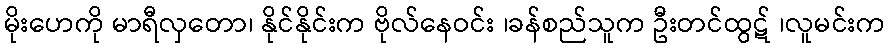
မိုးဟေကို မာရီလှတော၊ နိုင်နိုင်းက ဗိုလ်နေဝင်း ၊ခန်စည်သူက ဦးတင်ထွဋ် ၊လူမင်းက